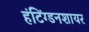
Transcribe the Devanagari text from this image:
हंटिंग्डनशायर